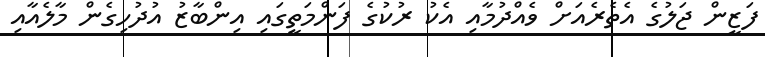
ފަޒީން ޖަލުގެ އެތެރެއަށް ވެއްދުމާއި އެކު ރުކުގެ ފަންމަތީގައި އިންބާޒު އުދުހިގެން މާލެއާއި